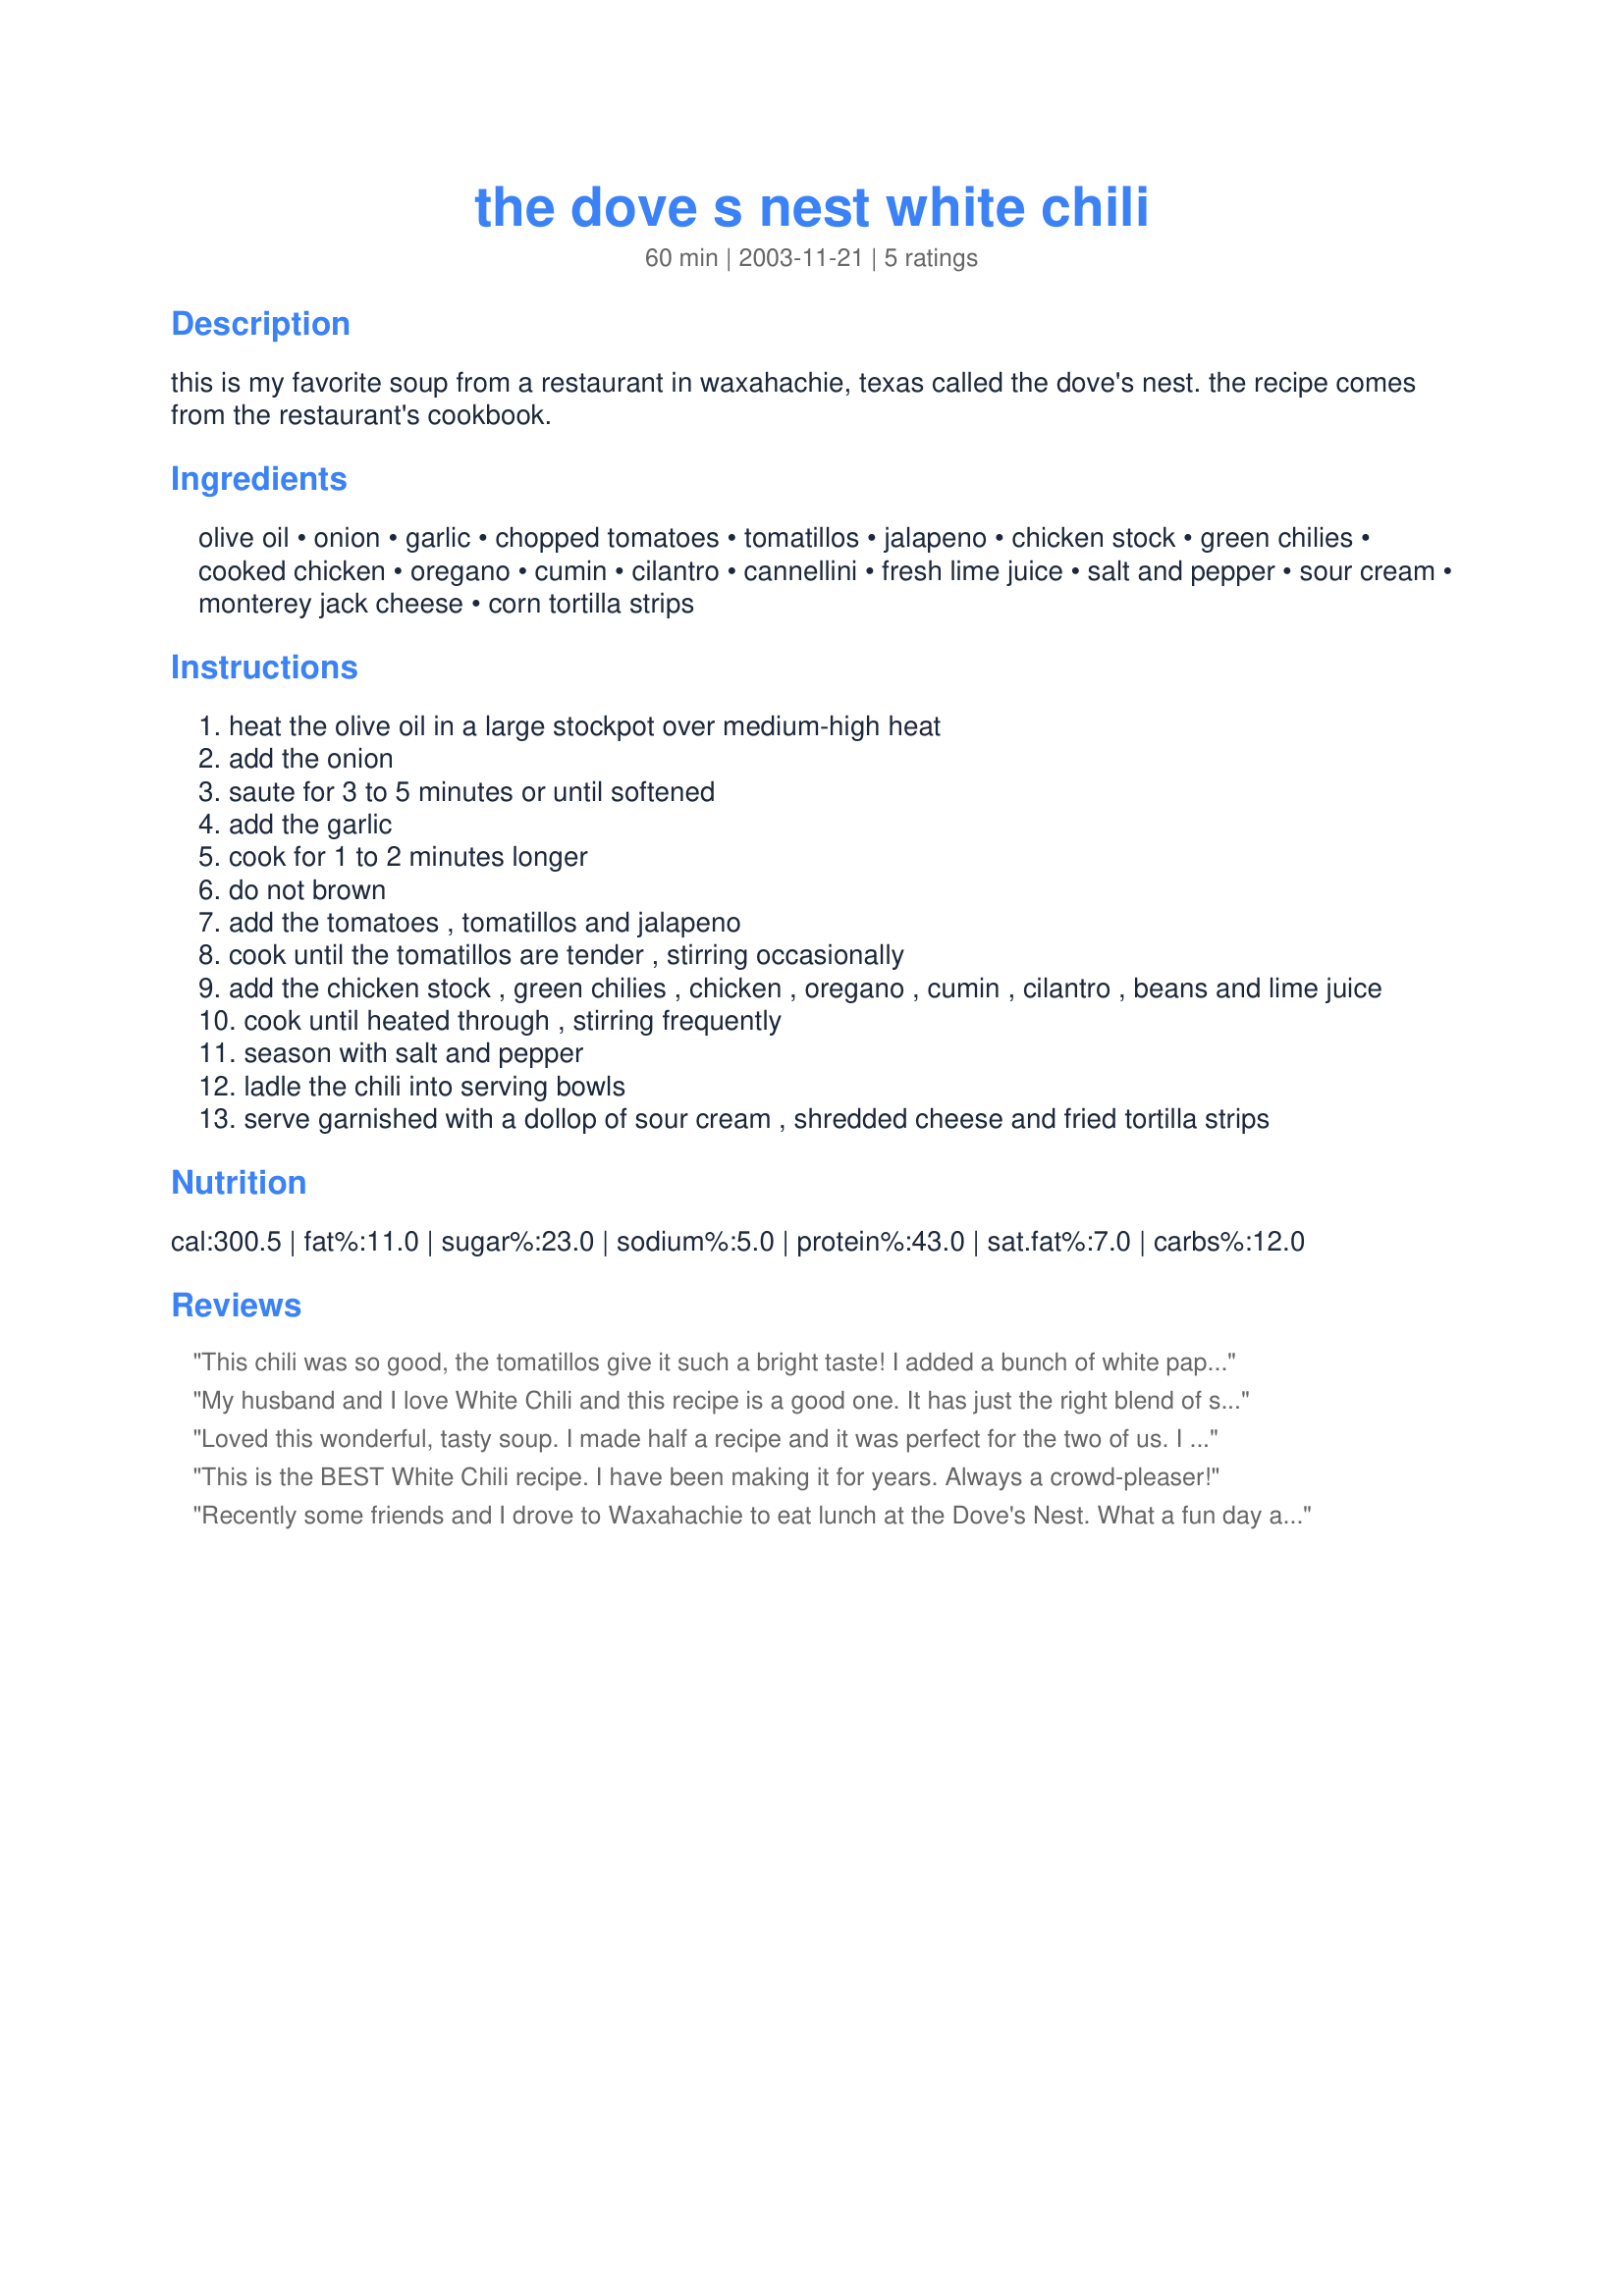
the dove s nest white chili
Preparation time: 60 minutes

this is my favorite soup from a restaurant in waxahachie, texas called the dove's nest. the recipe comes from the restaurant's cookbook.

Ingredients:
olive oil, onion, garlic, chopped tomatoes, tomatillos, jalapeno, chicken stock, green chilies, cooked chicken, oregano, cumin, cilantro, cannellini, fresh lime juice, salt and pepper, sour cream, monterey jack cheese, corn tortilla strips

Steps:
heat the olive oil in a large stockpot over medium-high heat
add the onion
saute for 3 to 5 minutes or until softened
add the garlic
cook for 1 to 2 minutes longer
do not brown
add the tomatoes , tomatillos and jalapeno
cook until the tomatillos are tender , stirring occasionally
add the chicken stock , green chilies , chicken , oregano , cumin , cilantro , beans and lime juice
cook until heated through , stirring frequently
season with salt and pepper
ladle the chili into serving bowls
serve garnished with a dollop of sour cream , shredded cheese and fried tortilla strips

Reviews:
This chili was so good, the tomatillos give it such a bright taste! I added a bunch of white paper and some cayenne because we like it spicy...thanks for posting!
My husband and I love White Chili and this recipe is a good one. It has just the right blend of spices without overdoing it. I served it in big bowls over toasted tortilla chips and topped with shredded Monterey Jack cheese. Hearty, filling, and delicious Tex-Mex flavor. Thanks Bunkie.
Loved this wonderful, tasty soup. I made half a recipe and it was perfect for the two of us. I used fresh tomatillos from the garden. one serrano with half the seeds, Rotel, 2 chicken breasts, more broth, and lots of cilantro. Let it simmer for an hour, YUM!
This is the BEST White Chili recipe. I have been making it for years. Always a crowd-pleaser!
Recently some friends and I drove to Waxahachie to eat lunch at the Dove's Nest. What a fun day and the food is great. We bought the cookbook and this is the first recipe I made. Love this chili, I am glad to see the recipe is posted already - saves me from typing it up. Thanks for posting this.
